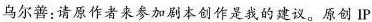
乌尔善.请原作者来参加剧本创作是我的建议。原创 IP